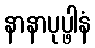
နာနာပုပ္ဖါနံ